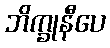
ဘိက္ခုနီပေ